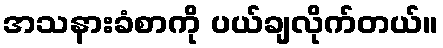
အသနားခံစာကို ပယ်ချလိုက်တယ်။